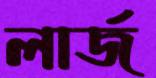
লার্জ